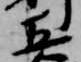
五